Report on vaccination proceedings throughout the Government of Bengal -
Year: 1868
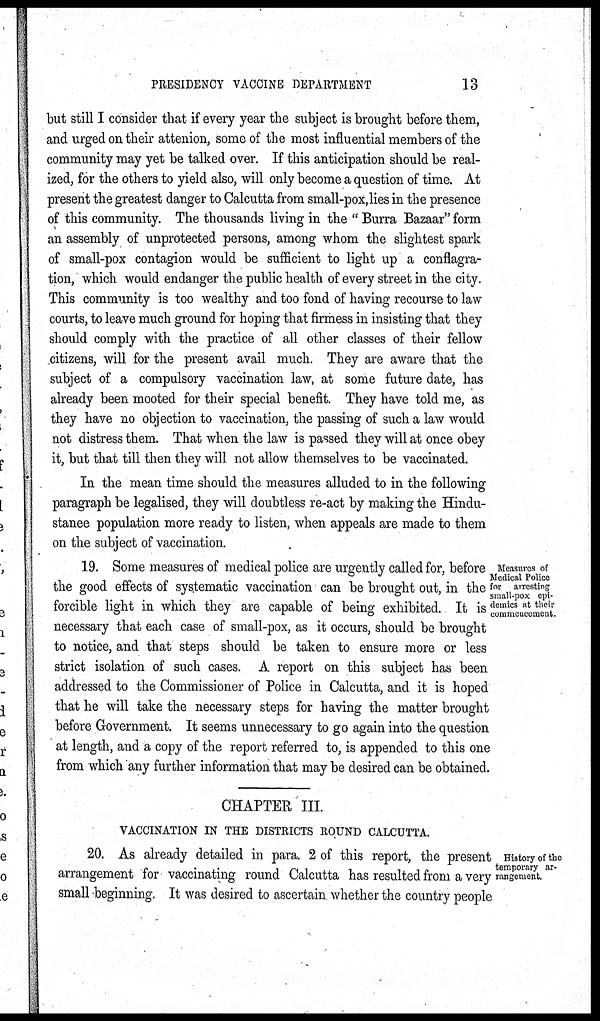
PRESIDENCY VACCINE DEPARTMENT
13
but still I consider that if every year the subject is brought before them,
and urged on their attenion, some of the most influential members of the
community may yet be talked over. If this anticipation should be real-
ized, for the others to yield also, will only become a question of time. At
present the greatest danger to Calcutta from small-pox,lies in the presence
of this community. The thousands living in the " Burra Bazaar" form
an assembly of unprotected persons, among whom the slightest spark
of small-pox contagion would be sufficient to light up a conflagra-
tion, which would endanger the public health of every street in the city.
This community is too wealthy and too fond of having recourse to law
courts, to leave much ground for hoping that firmess in insisting that they
should comply with the practice of all other classes of their fellow
citizens, will for the present avail much. They are aware that the
subject of a compulsory vaccination law, at some future date, has
already been mooted for their special benefit. They have told me, as
they have no objection to vaccination, the passing of such a law would
not distress them. That when the law is passed they will at once obey
it, but that till then they will not allow themselves to be vaccinated.
In the mean time should the measures alluded to in the following
paragraph be legalised, they will doubtless re-act by making the Hindu-
stanee population more ready to listen, when appeals are made to them
on the subject of vaccination.
Measures of
Medical Police
for arresting
small-pox epi-
demics at their
commencement
19. Some measures of medical police are urgently called for, before
the good effects of systematic vaccination can be brought out, in the
forcible light in which they are capable of being exhibited. It is
necessary that each case of small-pox, as it occurs, should be brought
to notice, and that steps should be taken to ensure more or less
strict isolation of such cases. A report on this subject has been
addressed to the Commissioner of Police in Calcutta, and it is hoped
that he will take the necessary steps for having the matter brought
before Government. It seems unnecessary to go again into the question
at length, and a copy of the report referred to, is appended to this one
from which any further information that may be desired can be obtained.
CHAPTER III.
VACCINATION IN THE DISTRICTS ROUND CALCUTTA.
History of the
temporary ar-
rangement.
20. As already detailed in para. 2 of this report, the present
arrangement for vaccinating round Calcutta has resulted from a very
small beginning. It was desired to ascertain whether the country people